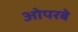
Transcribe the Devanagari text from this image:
ओपरबे